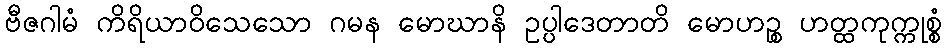
ဗီဇဂါမံ ကိရိယာဝိသေသော ဂမန မောဃာနိ ဥပ္ပါဒေတာတိ မောဟဉ္စ ဟတ္ထကုက္ကုစ္စံ